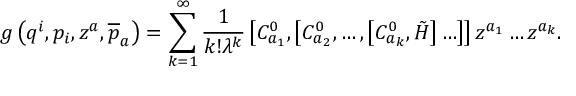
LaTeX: g \left( q ^ { i } , p _ { i } , z ^ { a } , \overline { { { p } } } _ { a } \right) = \sum _ { k = 1 } ^ { \infty } \frac 1 { k ! \lambda ^ { k } } \left[ C _ { a _ { 1 } } ^ { 0 } , \left[ C _ { a _ { 2 } } ^ { 0 } , \ldots , \left[ C _ { a _ { k } } ^ { 0 } , \tilde { H } \right] \ldots \right] \right] z ^ { a _ { 1 } } \ldots z ^ { a _ { k } } .